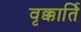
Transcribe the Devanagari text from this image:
वृक्कार्ति